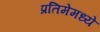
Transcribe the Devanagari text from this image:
प्रतिमेमध्ये